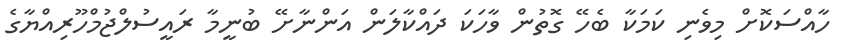
ހާއްސަކޮށް މިވެނި ކަމަކާ ބެހޭ ގޮތުން ވާހަކަ ދައްކާލަން އަންނާށޭ ބުނީމާ ރައީސުލްޖުމްހޫރިއްޔާގެ